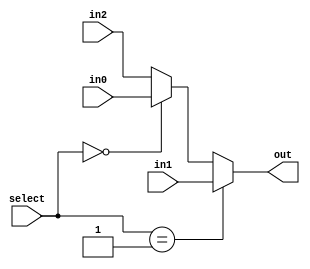
module mux_3(out, select, in0, in1, in2);
	input [1:0] select;
	input [31:0] in0, in1, in2;
	output [31:0] out;
	wire [31:0] w1;

	assign w1 = (select == 2'b00) ? in0 : in2;
	assign out = (select == 2'b01) ? in1 : w1; 
endmodule